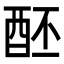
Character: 𨠙